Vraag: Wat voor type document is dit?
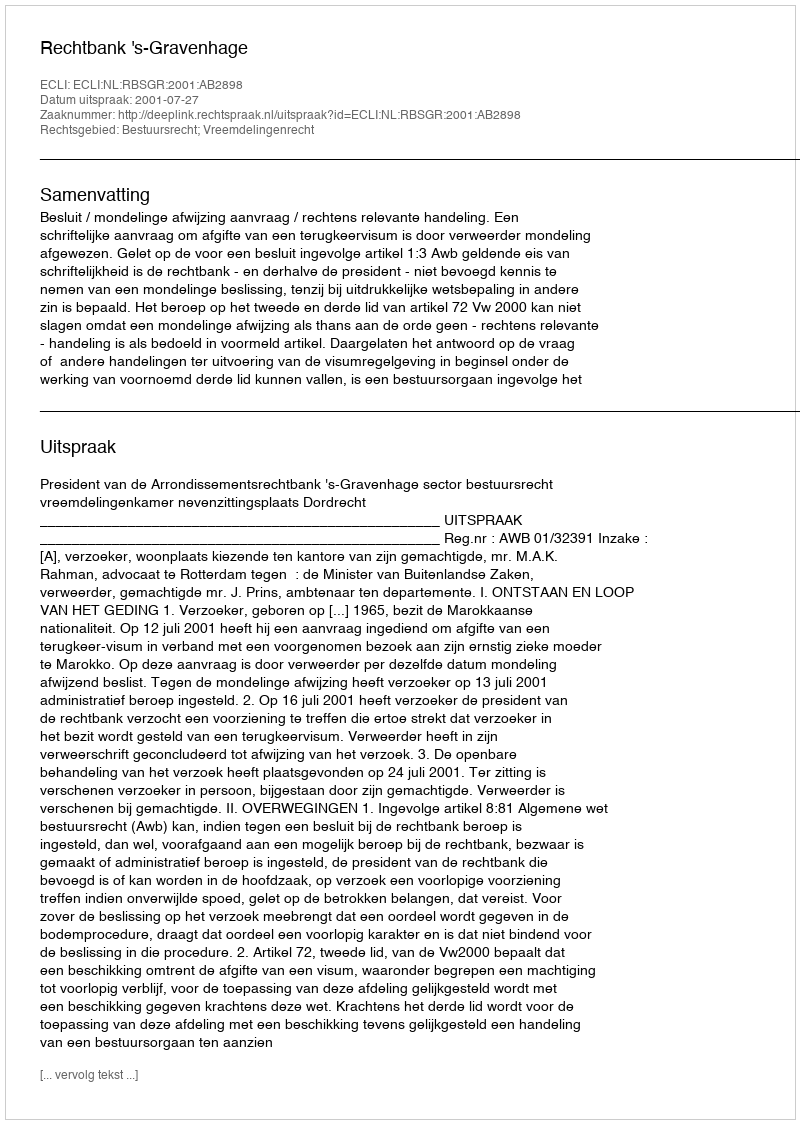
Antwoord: Uitspraak